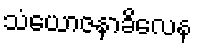
သံယောဇနာခိလေန